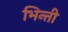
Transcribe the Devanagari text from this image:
भिन्ती